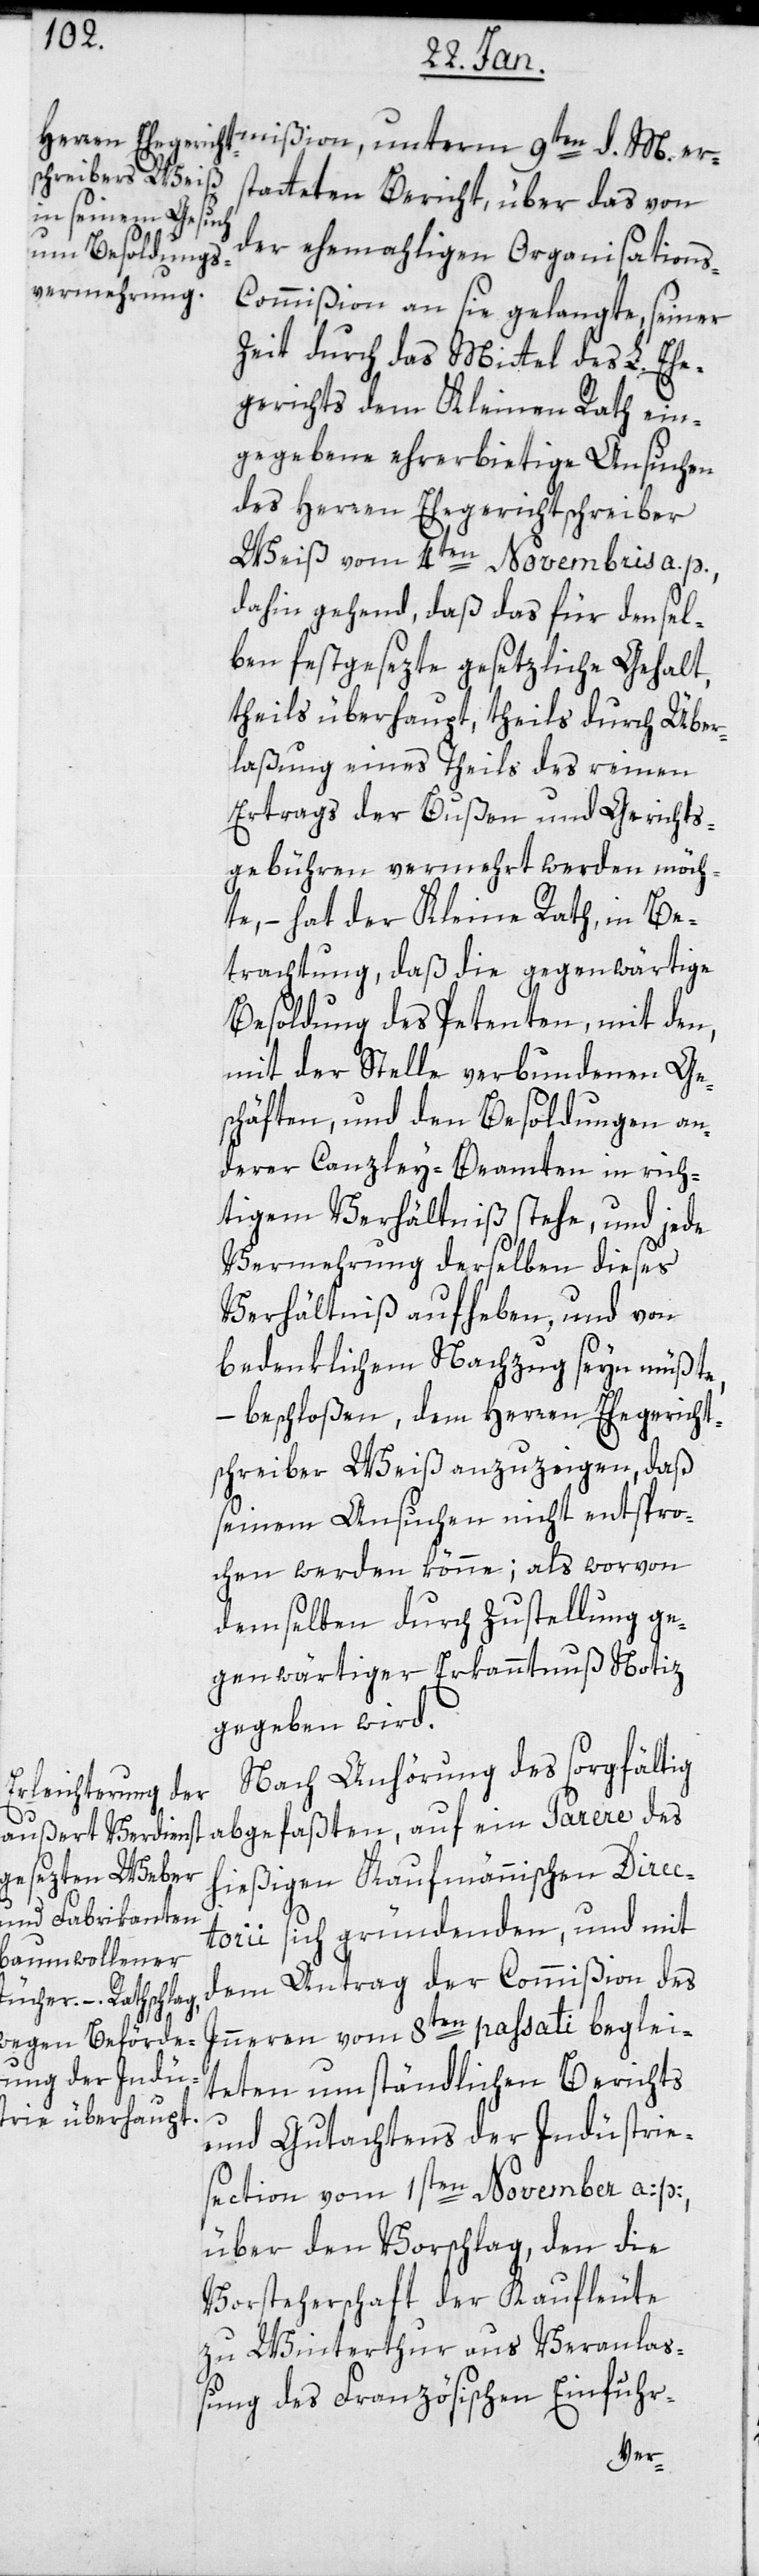
statteten Bericht über das von
der ehemaligen Organisations-C¬
ommißion an sie gelangte, seiner
Zeit durch das Mittel des L. Ehe¬
gerichts dem Kleinen Rath ein¬
gegebene ehrerbietige Ansuchen
des Herren Ehegerichtschreiber
Weiß vom 4ten Novembris a. p.,
dahin gehend, daß das für densel¬
ben festgesetzte gesetzliche Gehalt,
theils überhaupt, theils durch Über¬
laßung eines Theils des reinen
Ertrags der Bußen und Gerichts¬
gebühren, vermehrt werden möch¬
te, – hat der Kleine Rath, in Be¬
trachtung, daß die gegenwärtige
Besoldung des Petenten mit den
in der Stelle verbundenen Ge¬
schäften, und den Besoldungen an¬
derer Canzley-Beamten in rich¬
tigem Verhältniß stehe, und jede
Vermehrung derselben dieses
Verhältniß aufheben, und von
bedenklichem Nachzug seyn müßte,
beschloßen, dem Herren Ehegericht¬
schreiber Weiß anzuzeigen, daß
seinem Ansuchen nicht entspro¬
chen werden könne; als worvon
demselben durch Zustellung ge¬
genwärtiger Erkanntnuß Notiz
gegeben wird.
Nach Anhörung des sorgfältig
d.
abgefaßten, auf ein Parere des
hießigen Kaufmännischen Direc¬
torii sich gründenden, und mit
dem Antrag der Commißion des
unterm 9ten
Innern vom 8ten paßati beglei¬
teten umständlichen Berichts
und Gutachtens der Indüstrie¬
section vom 1sten November a: p:,
über den Vorschlag, den die
Vorsteherschaft der Kaufleute
zu Winterthur aus Veranlas¬
sung des Französischen Einfuhr-
er¬